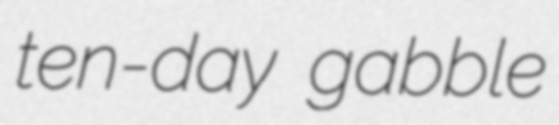
ten-day gabble